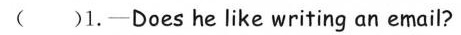
( )1.—Does he like writing an email?